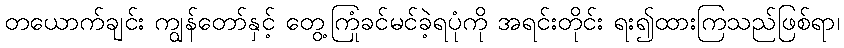
တယောက်ချင်း ကျွန်တော်နှင့် တွေ့ကြုံခင်မင်ခဲ့ရပုံကို အရင်းတိုင်း ရး၍ထားကြသည်ဖြစ်ရာ၊